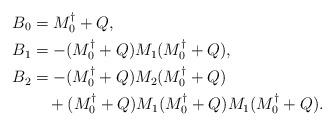
LaTeX: \begin{align*}B_0&=M_0^\dagger +Q,\\B_1&=-(M_0^\dagger +Q) M_1(M_0^\dagger +Q),\\B_2&=-(M_0^\dagger +Q) M_2(M_0^\dagger +Q)\\&\quad+(M_0^\dagger +Q) M_1(M_0^\dagger +Q) M_1(M_0^\dagger +Q).\end{align*}